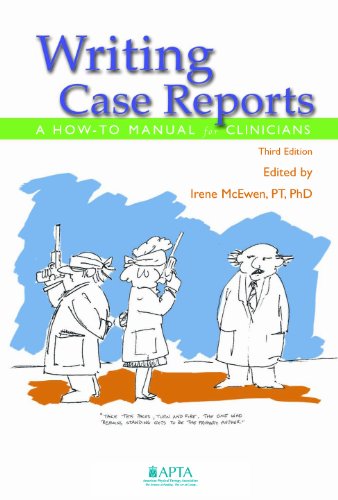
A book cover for Writing Case Reports: A How to Manual for Clinicians; Irene McEwen; Medical Books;